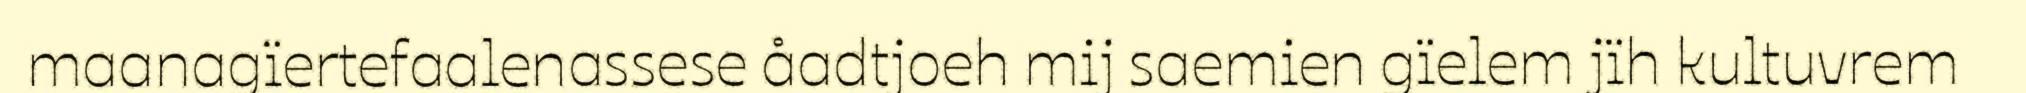
maanagïertefaalenassese åadtjoeh mij saemien gïelem jïh kultuvrem